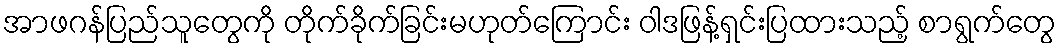
အာဖဂန်ပြည်သူတွေကို တိုက်ခိုက်ခြင်းမဟုတ်ကြောင်း ဝါဒဖြန့်ရှင်းပြထားသည့် စာရွက်တွေ